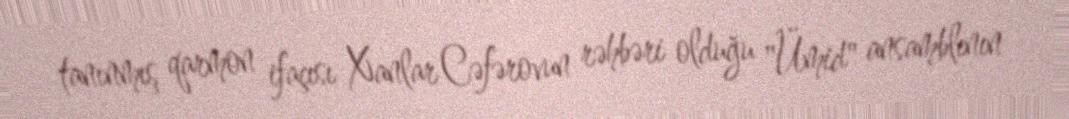
tanınmış qarmon ifaçısı Xanlar Cəfərovun rəhbəri olduğu "Ümid" ansamblının